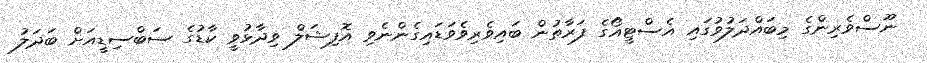
ނޫސްވެރިންގެ މިބައްދަލުވުގައި އެސްޓީއޯގެ ފަރާތުން ބައިވެރިވެވަޑައިގެންނެވި އޮފިޝަލް ވިދާޅުވީ ކާޑުގެ ސަބްސިޑީއަށް ބަދަލު